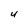
Character: U